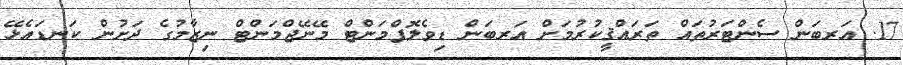
17. އަރބަން ސެންޓަރުތައް ތަރައްޤީކުރުމަށް އަރބަން ޑިވެލޮޕްމަންޓް މޭނޭޖްމަންޓް ނިޒާމުގެ ދަށުން ކަނޑައެޅޭ